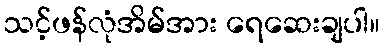
သင့်ဖန်လုံအိမ်အား ရေဆေးချပါ။